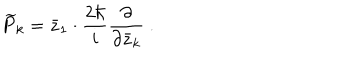
\widetilde P _ { k } = { \bar { z } _ { 1 } } \cdot \frac { 2 \hbar } { i } \frac { \partial } { \partial { \bar { z } _ { k } } } \ .